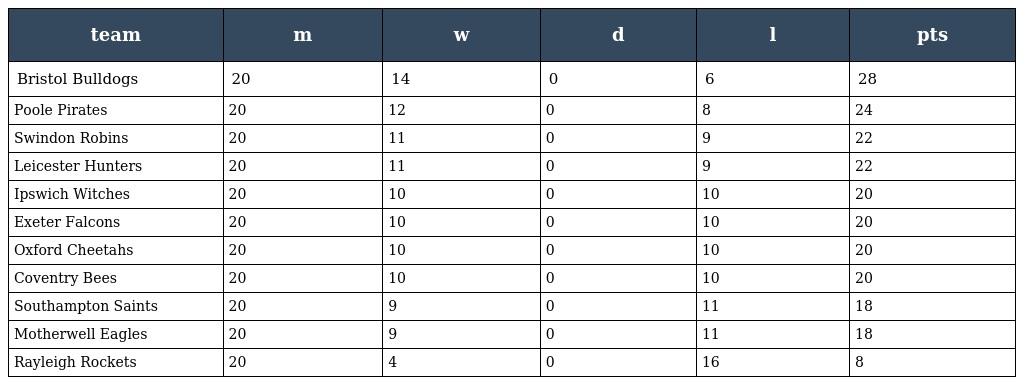
| team | m | w | d | l | pts |
 | --- | --- | --- | --- | --- | --- |
 | Bristol Bulldogs | 20 | 14 | 0 | 6 | 28 |
 | Poole Pirates | 20 | 12 | 0 | 8 | 24 |
 | Swindon Robins | 20 | 11 | 0 | 9 | 22 |
 | Leicester Hunters | 20 | 11 | 0 | 9 | 22 |
 | Ipswich Witches | 20 | 10 | 0 | 10 | 20 |
 | Exeter Falcons | 20 | 10 | 0 | 10 | 20 |
 | Oxford Cheetahs | 20 | 10 | 0 | 10 | 20 |
 | Coventry Bees | 20 | 10 | 0 | 10 | 20 |
 | Southampton Saints | 20 | 9 | 0 | 11 | 18 |
 | Motherwell Eagles | 20 | 9 | 0 | 11 | 18 |
 | Rayleigh Rockets | 20 | 4 | 0 | 16 | 8 |